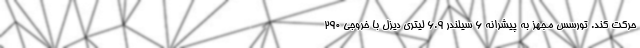
حرکت کند. تورسس مجهز به پیشرانه 6 سیلندر 6.9 لیتری دیزل با خروجی 290